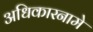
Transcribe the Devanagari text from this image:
अधिकारनामे